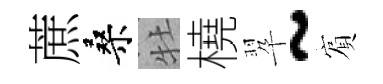
蔗桑牡橈翆~賔